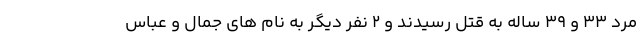
مرد ۳۳ و ۳۹ ساله به قتل رسیدند و ۲ نفر دیگر به نام های جمال و عباس